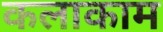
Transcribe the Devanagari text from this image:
कलाकाम